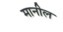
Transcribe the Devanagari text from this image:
मानील